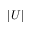
| U |